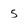
Character: 5